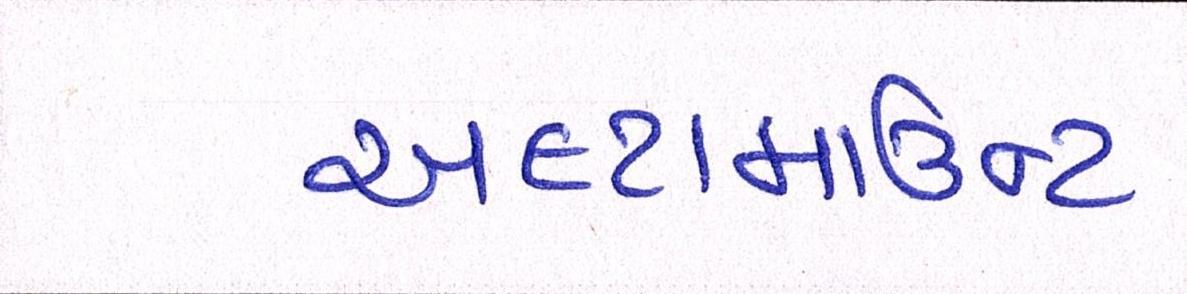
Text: અલ્ટામાઉન્ટ